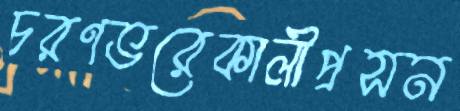
চরণভরেকালীপ্রসন